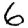
Digit: 6